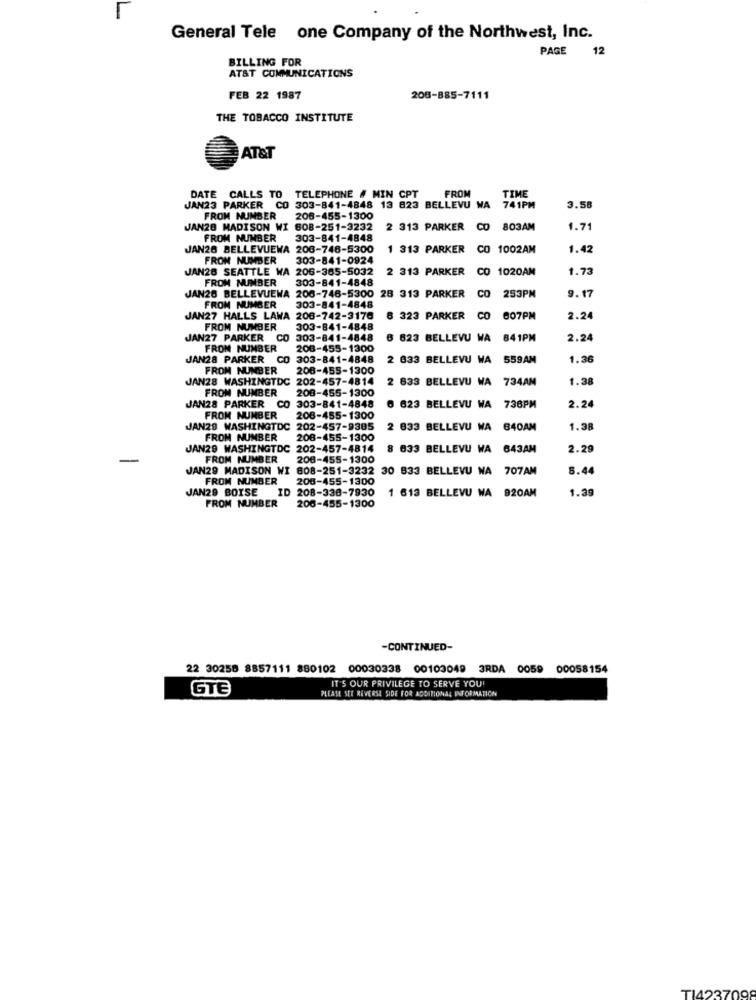
General Tele one Company of the Northwest, Inc.
PAGE 12
BILLING FOR
AT&T COMMUNICATIONS
FEB 22 1987
208-885-7111
THE TOBACCO INSTITUTE
AT&T
FROM
TIME
DATE CALLS TO
TELEPHONE # MIN CPT
JAN23 PARKER CO
AN23 PARKER CO 303-841-4848 13 823 BELLEVU WA 741PM
3.58
FROM NUMBER
206-455-1300
JAN28 MADISON WI
808-251-3232
2 313 PARKER
CO
803AM
1.71
FROM NUMBER
303-841-4848
JAN26 BELLEVUEWA 206-746-5300
1 313 PARKER
CO 1002AM
1.42
FROM NUMBER
303-841-0924
JAN26 SEATTLE WA 206-365-5032
2 313 PARKER
CO
1020AM
1.73
FROM NUMBER
303-841-4848
JAN26 BELLEVUEWA 206-746-5300
28 313 PARKER
CO
253PM
9.17
FROM NUMBER
303-841-4848
JAN27 HALLS LAWA 206-742-3170
323 PARKER
CO
607PM
2.24
FROM NUMBER
303-841-4848
JAN27 PARKER CO
6 623 BELLEVU WA
841PM
2.24
FROM NUMBER
208-455-1300
JAN28 PARKER CO 303-841-4848
2 633 BELLEVU WA
559AM
1.36
FROM NUMBER
206-455-1300
JAN28 WASHINGTDC 202-457-4814
2 633 BELLEVU WA 734AM
1.38
FROM NUMBER
208-455-1300
JAN28 PARKER CO
303-841-4848
6 623 BELLEVU WA
738PM
2.24
FROM NUMBER
208-455-1300
JAN29 WASHINGTDC 202-457-9385
2 833 BELLEVU WA
840AM
1.38
FROM NUMBER
208-455-1300
JAN29 WASHINGTDC 202-457-4814
8 633 BELLEVU WA 643AM
2.29
FROM NUMBER
206-455-1300
JAN29 MADISON WI 808-251-3232 30 833 BELLEVU WA 707AM
5.44
FROM NUMBER
200-455-1300
JAN29 BOISE ID 208-338-7930
1 613 BELLEVU WA 920AM
1.39
FROM NUMBER
206-455-1300
-CONTINUED-
22 30258 8857111 880102
00030338 00103049
3RDA 0059 00058154
IT'S OUR PRIVILEGE TO SERVE YOU!
GTE
PLEASE SEE REVERSE SIDE FOR ADDITIONAL INFORMATION
TI42370